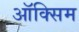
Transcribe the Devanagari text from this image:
ऑक्सिम